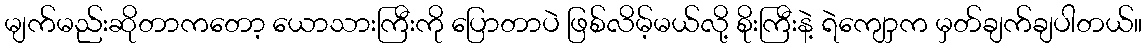
မျက်မည်းဆိုတာကတော့ ယောသားကြီးကို ပြောတာပဲ ဖြစ်လိမ့်မယ်လို့ စိုးကြီးနဲ့ ရဲကျောှက မှတ်ချက်ချပါတယ်။